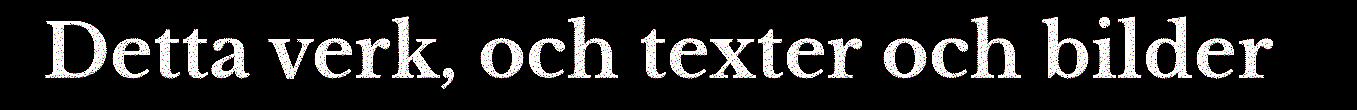
Detta verk, och texter och bilder